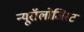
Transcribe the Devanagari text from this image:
न्यूरॉलोजिस्ट